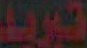
تبريد